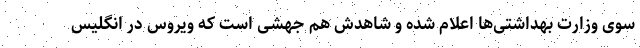
سوی وزارت بهداشتی‌ها اعلام شده و شاهدش هم جهشی است که ویروس در انگلیس